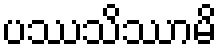
ပဿသိဿာမိ